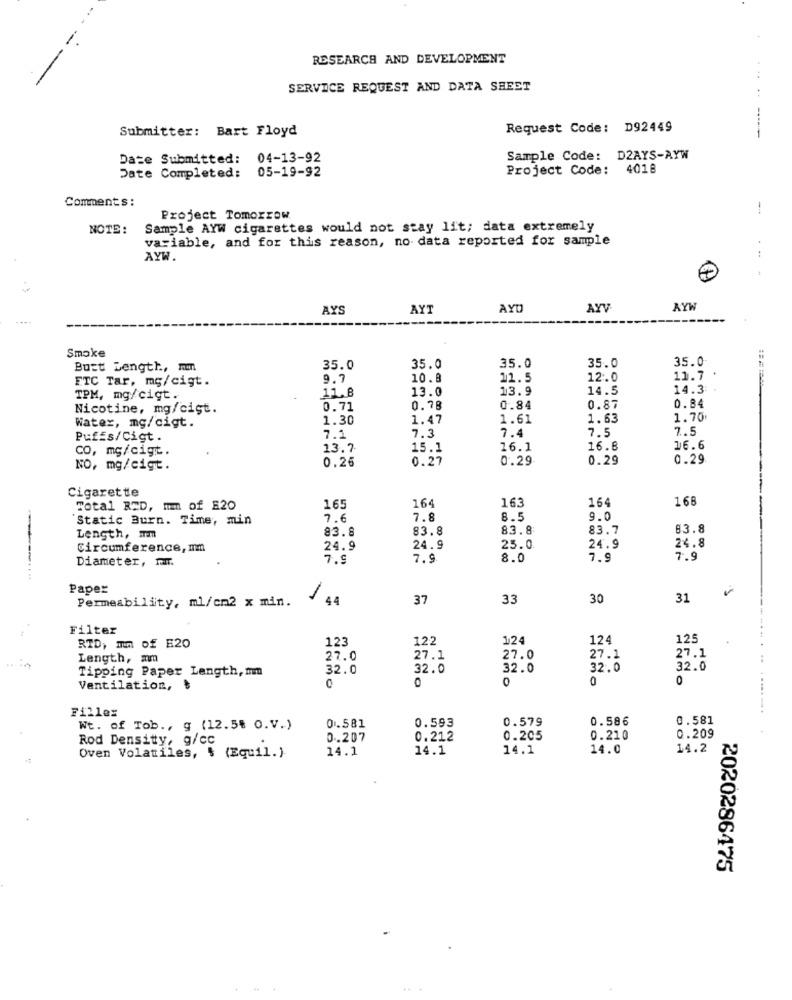
-
RESEARCH AND DEVELOPMENT
SERVICE REQUEST AND DATA SHEET
Submitter: Bart Floyd
Request Code: D92449
Date Submitted: 04-13-92
Sample Code: D2AYS-AYW
05-19-92
Project Code: 4018
Date Completed:
Comments :
Project Tomorrow.
NOTE :
Sample AYW cigarettes would not stay lit; data extremely
variable, and for this reason, no- data reported for sample
. ..
AYW.
AYS
AYT
AYD
AYV
Smoke
35.0
35.0
35.0
Butt Length, mmm
35.0
35.0
FTC Tar, mg/cigt.
9.7
10.8
11.5
12.0
11.7
13.0
13.9
14.5
14.3:
TPM, mg/cigt.
11.8
0.84
Nicotine, mg/cist.
0.71
0.78
0.84
0.87
1.30
1.47
1.61
1.63
1.70
Water, mg/cigt.
7.4
7.5
7.5
Puffs/Cigt.
7.1
7.3
CO, mg/cigt.
13.7.
15.1
16.1
16.8
16.6
0.26
0.27
0.29
0.29
0.29
NO, mg/cigt.
Cigarette
164
16
Total RED, mm of E20
165
164
163
'Static Burn. Time, min
7.6
7.8
8.5
9.0
83.8
83.8
83.8
83.7
83.8
Length, mm
Circumference, mm
24.9
24.9
25.0
24.9
24.8
Diameter, mm.
7.9
7.9
8.0
7.9
7.9
Paper
Permeability, ml/cm2 x min.
37
33
30
31
Filter
123
122
124
124
125
RTD, mm of E20
Length, am
27.0
27.1
27.0
27.1
27.1
Tipping Paper Length, mm
32.0
32.0
32.0
32.0
32.0
0
0
Ventilation,
0
0
Fillex
0.581
0.593
0.579
0.586
0.581
Wt. of Tob ., g (12.5% O.V.)
Rod Densitty, g/cc
0.207
0.212
0.205
0.210
0.209
14.1
14.1
14.1
14.0
14.2
Oven Volatiles, $ (Equil.)
2020286475
....